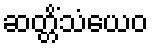
ဆတ္တိံသံယေဝ